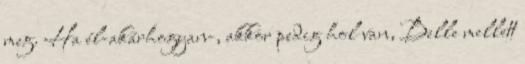
meg. Ha él-akárhogyan-, akkor pedig hol van, Belle mellett